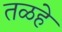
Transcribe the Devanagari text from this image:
तळहे